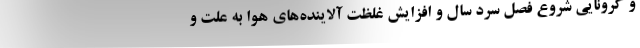
و کرونایی شروع فصل سرد سال و افزایش غلظت آلاینده‌های هوا به علت و